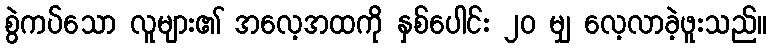
စွဲကပ်သော လူများ၏ အလေ့အထကို နှစ်ပေါင်း ၂၀ မျှ လေ့လာခဲ့ဖူးသည်။